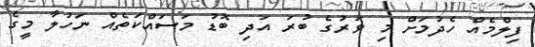
ފިލްމެއް ހެދުމަށް މި ވަރުގެ ބުރަ އަދި ބޮޑު މަސައްކަތެއް ނަހުލާ މީގެ